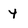
Character: y